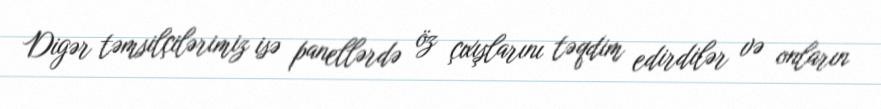
Digər təmsilçilərimiz isə panellərdə öz çıxışlarını təqdim edirdilər və onların